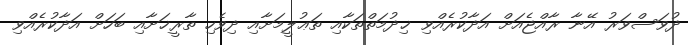
ދުވަސްވަރު އޭނާ ރާއްޖެއަށް އަދާކުރެއްވި ޚިދުމަތްތަކާއި ތަޢުލީމަށާއި ދިވެހި ތާރީޚަށާއި ބަހަށް އަދާކުރެއްވި